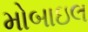
મોબાઇલ